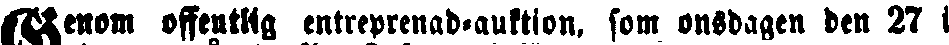
Genom offentlig entreprenad-auktion, som onsdagen den 27 i